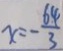
x = - \frac { 6 4 } { 3 }